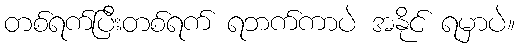
တစ်ရက်ပြီးတစ်ရက် ရဘက်ကာပဲ အနိုင် ရမှာပဲ။